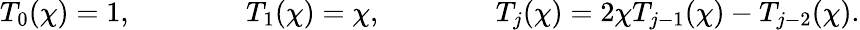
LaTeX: T_{0}(\chi)=1,\qquad\qquad T_{1}(\chi)=\chi,\qquad\qquad T_{j}(\chi)=2\chi T_{j-1}(\chi)-T_{j-2}(\chi).